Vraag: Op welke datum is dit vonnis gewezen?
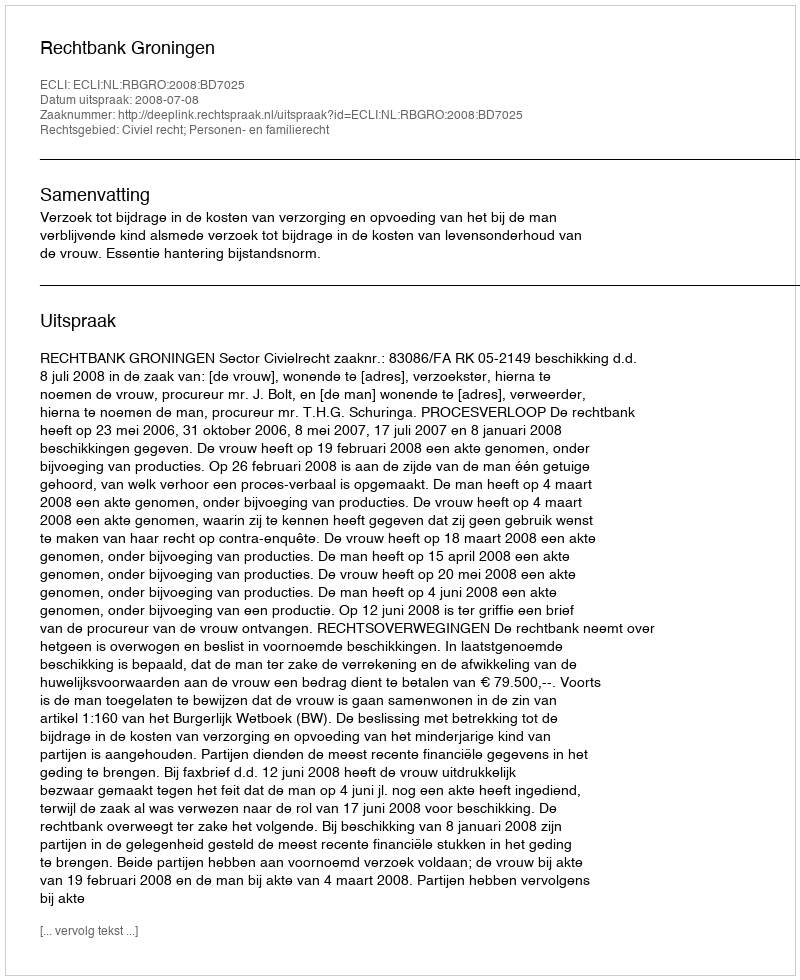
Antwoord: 2008-07-08